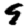
Digit: 9